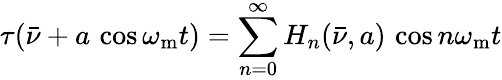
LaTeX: \tau(\bar{\nu}+a\, \cos\omega_{\mathrm{m}}t)=\sum_{n=0}^{\infty}H_{n}(\bar{\nu},a)\, \cos n\omega_{\mathrm{m}}t